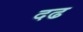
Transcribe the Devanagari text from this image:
दढ